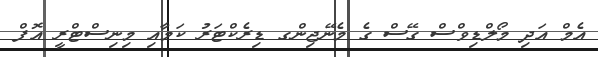
އެމް އަދި މޯލްޑިވްސް ގޭސް ގެ މެނޭޖިންގ ޑިރެކްޓަރު ކަމާއި މިނިސްޓްރީ އޮފް